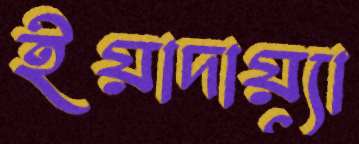
ইয়াদায়্যা